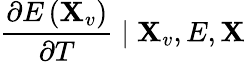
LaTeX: \frac{\partial E\left(\mathbf{X}_{v}\right)}{\partial T}\mid\mathbf{X}_{v},E,\mathbf{X}